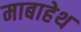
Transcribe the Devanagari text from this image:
माबाहेथ